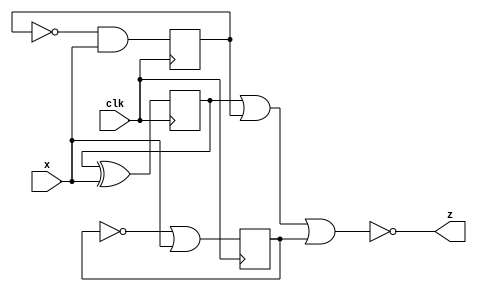
module top_module (
    input clk,
    input x,
    output z
); 
    
    wire w1,w2,w3;
    
   	always @(posedge clk) begin
        w1<=(w1^x);
        w2<=(~w2&x);
        w3<=(~w3|x); 
    end
    
    assign z = ~(w1|w2|w3);

endmodule